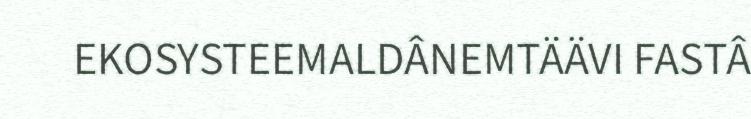
EKOSYSTEEMALDÂNEMTÄÄVI FASTÂ